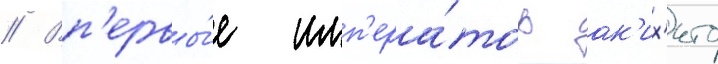
// Вп'ервы́е имп'ера́тор ак'их'ито